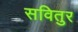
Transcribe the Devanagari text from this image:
सवितुर